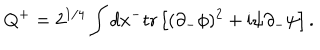
LaTeX: Q ^ { + } = 2 ^ { 1 / 4 } \int d x ^ { - } \mathrm { t r } \left[ ( \partial _ { - } \phi ) ^ { 2 } + \mathrm { i } \psi \partial _ { - } \psi \right] .